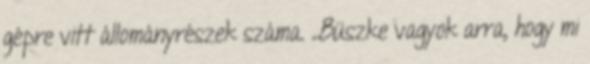
gépre vitt állományrészek száma. „Büszke vagyok arra, hogy mi